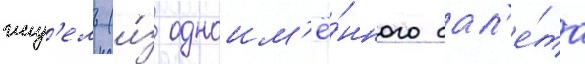
жиз'ель (и́з одноим'ё́нного бал'е́та